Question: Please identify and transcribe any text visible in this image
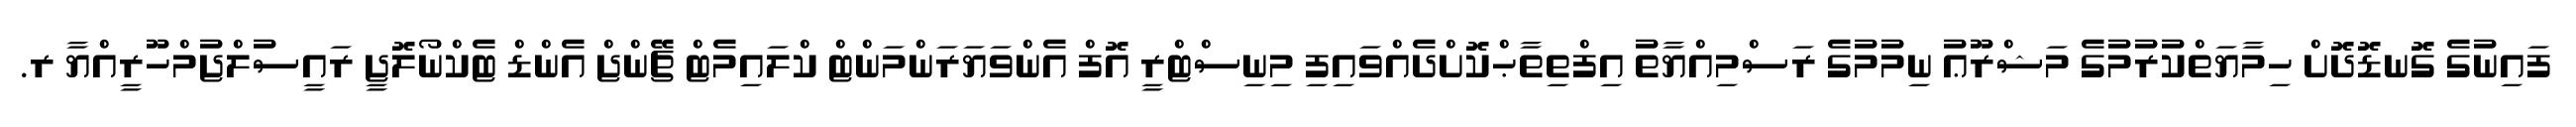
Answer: ފައިނުގެ ގޮނޑޮދޮށް ހިމާޔަތްކުރުމުގެ މަޝްރޫޢު ނިމުމުގެ ރަސްމިއްޔާތު އިފްތިތާޙްކޮށްދެއްވައިފި މިނިސްޓްރީ އޮފް އެންވަޔަރަންމަންޓް ކްލައިމެޓް ޗޭންޖް އެންޑް ޓެކްނޯލޮޖީ ރައީސުލްޖުމްހޫރީއްޔާ ރ.